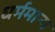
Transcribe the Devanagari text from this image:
धर्ममान्य